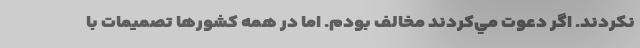
نكردند. اگر دعوت مي‌كردند مخالف بودم. اما در همه كشورها تصميمات با